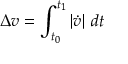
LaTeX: \Delta { v } = \int _ { t _ { 0 } } ^ { t _ { 1 } } \left| { \dot { v } } \right| \, d t